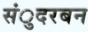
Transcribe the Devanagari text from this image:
संुदरबन